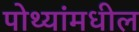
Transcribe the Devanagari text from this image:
पोथ्यांमधील